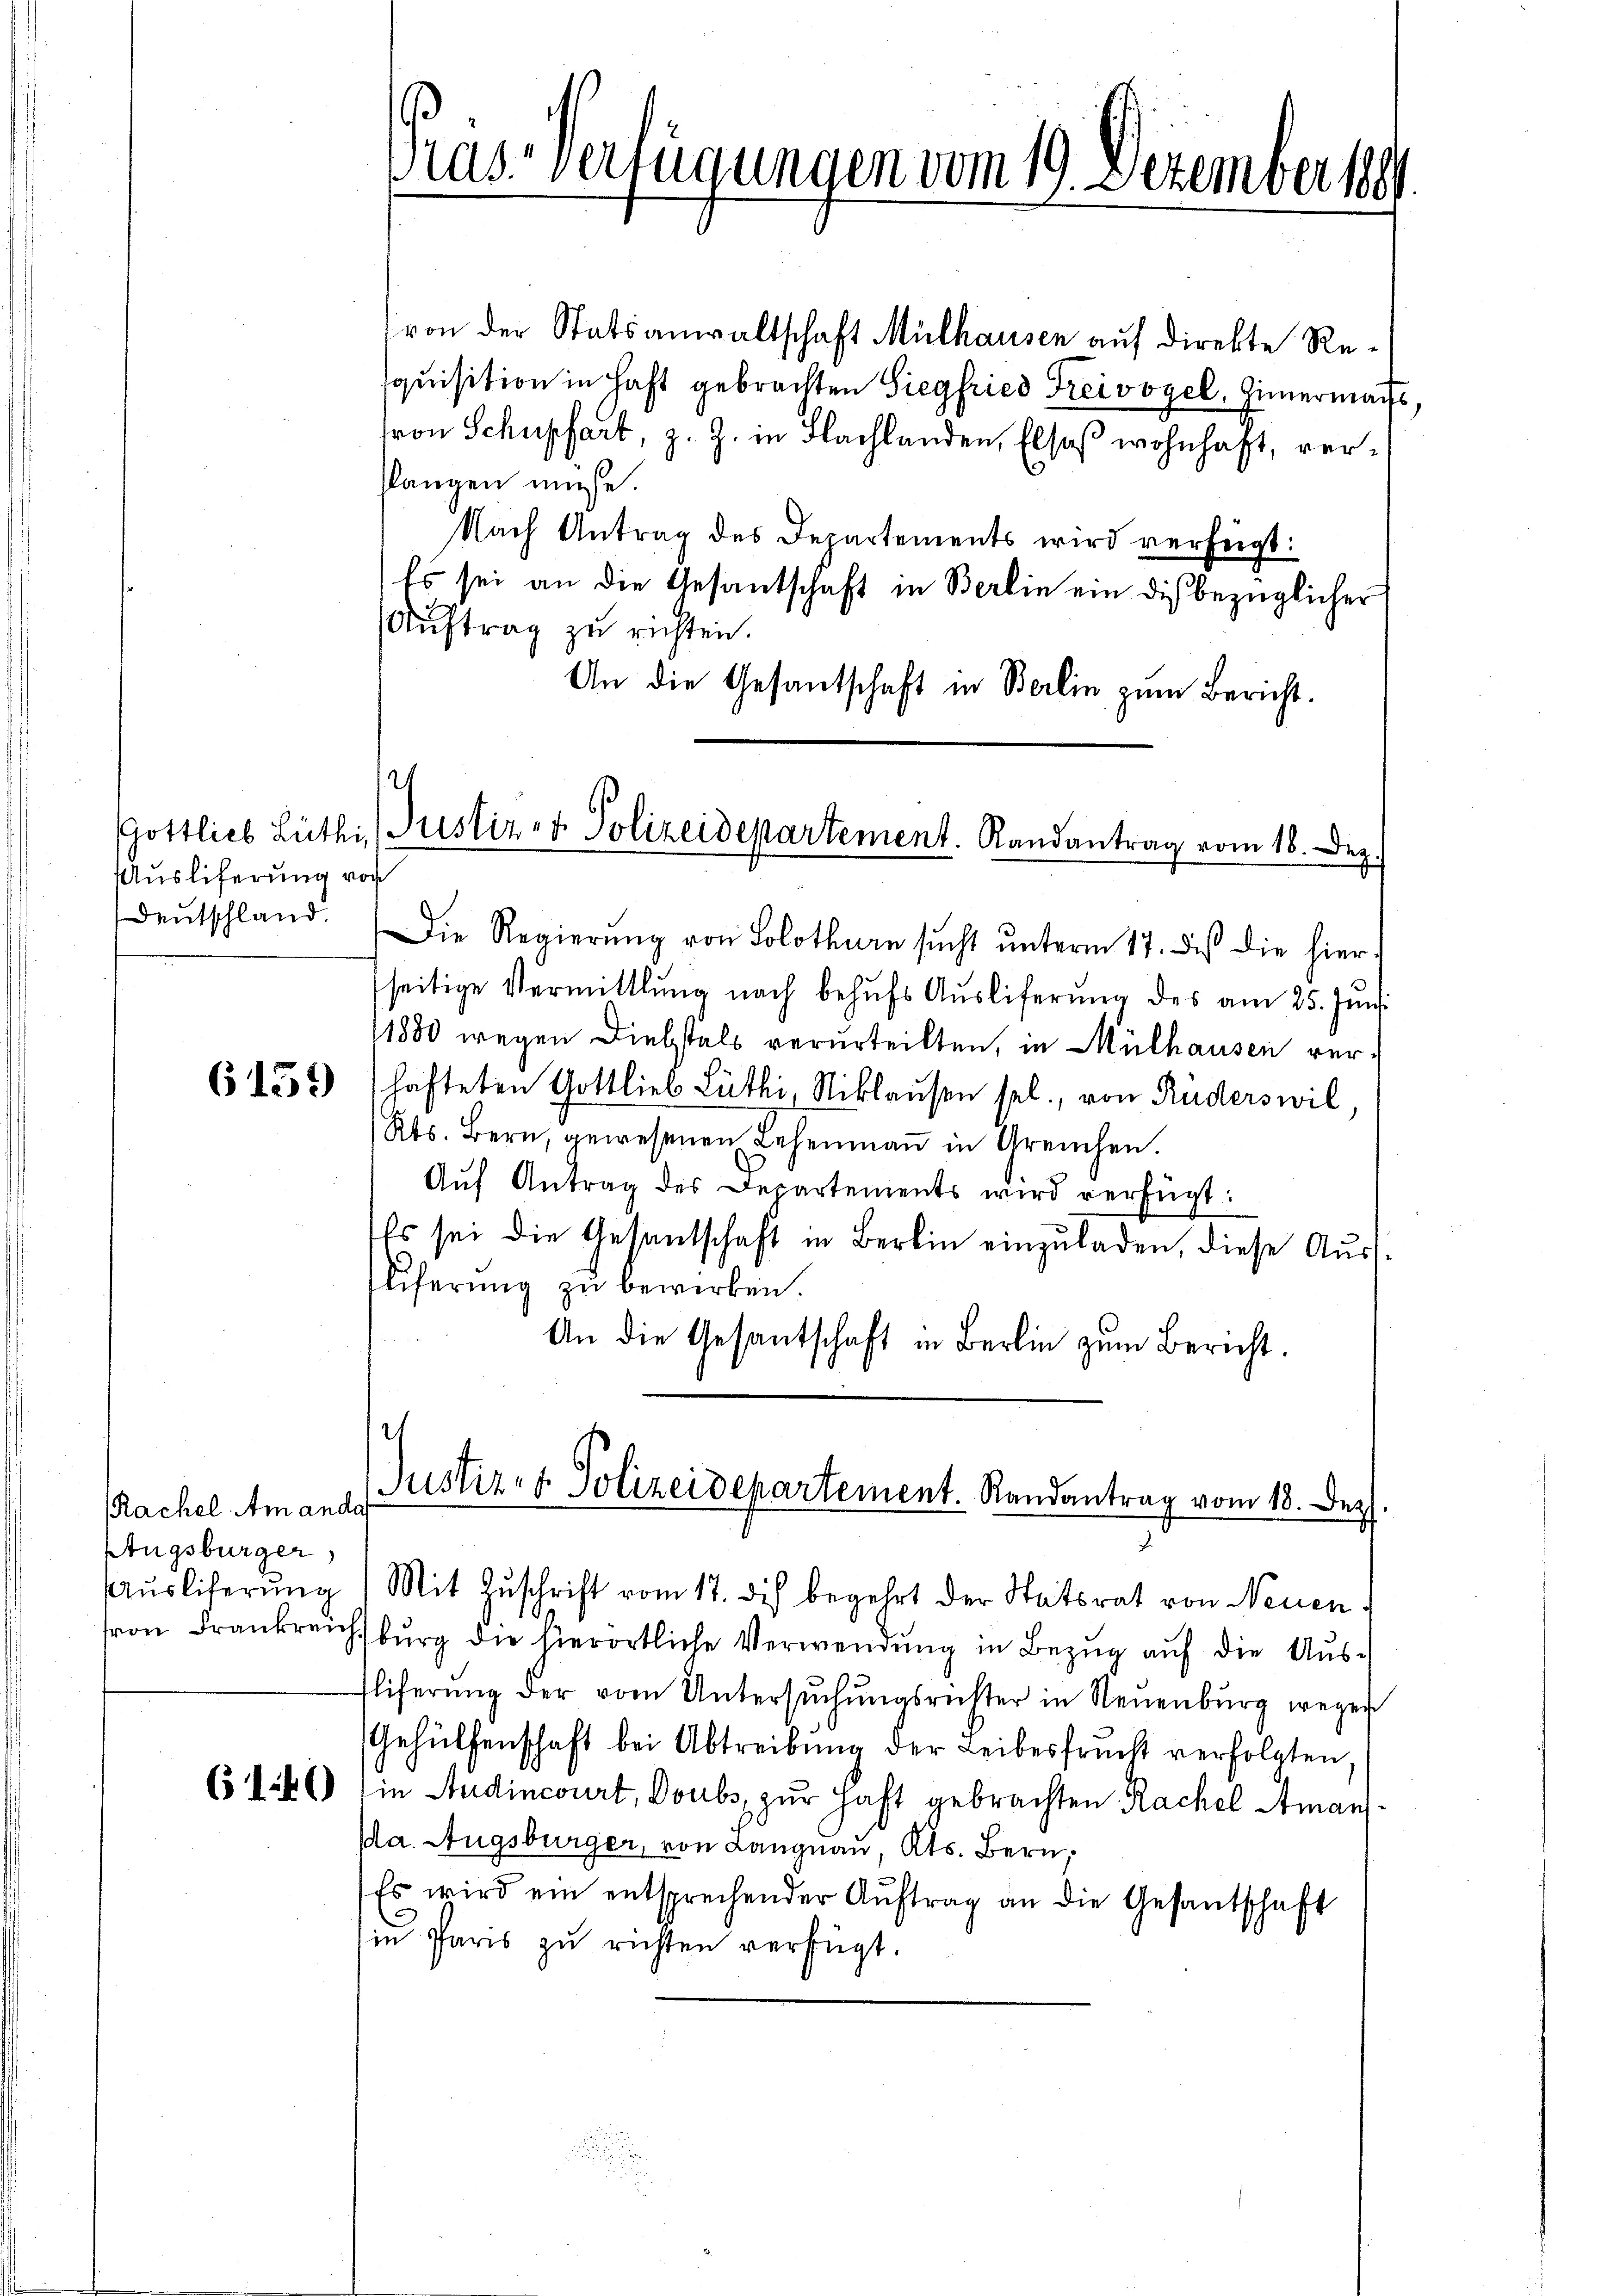
Auslieferung von
Deutschland.

6159

Rachel Am ande
Augsburger,
Ausliterung

(140

Pras verfügungen vom 19. Dezember 1891

von der Statsanwaltschaft Mülhausen auf direkte Resquisition in Haft gebrachten Siegfried Freivogel, Zimermacht,
ron Schupfart, z. Z. in Flachlanden, Elsaß wohnhaft, verslangen müsse.
Nach Antrag des Departements wird verfeigt:
Es sei an die Gesantschaft in Berlin ein dis bezüglicher
Auftrag zu richten.
An die Gesantschaft in Berlin zum Bericht.
Die Regierŭng von Solothurn sŭcht ŭnterm 17. des die hier-
seitige Vermittlung nach behŭfs Auslieferung des am 25. Juni
11880 wegen Diebstals verurteilten, in Mülhausen verhafteten Gottlieb Lüthi, Niklausen sel., von Rüders wil
Kts. Bern, gewesenen Lehenmaṅ in Greuchen.
Aŭf Antrag des Departements wird verfügt:
Es sei die Gesantschaft in Berlin einzuladen, diese Ausliferŭng zŭ bewirken.
An die Gesantschaft in Berlin zum Bericht.
Justiz- & Polizeidepartement. Randantrag vom 18. Dez.
Mit Zuschrift vom 17. dis begehrt der Statsrat von Neuen d
ron Frankreichsburg die hierörtliche Verwendung in Bezug auf die Aus¬
Eliferŭng der vom Untersŭchŭngsrichter in Neuenburg wegen
Gehülfenschaft bei Abtreibung der Leibesfrucht verfolgten,
in Audincourt, Doubs zur Haft gebrachten Rachel Amanda. Augsburger, von Langnau, Kts. Bern,
Es wird ein entsprechender Aŭftrag an die Gesantschaft
in Paris zu richten verfügt.

2
Gottlich Lüthi, Justiz- & Polizeidepartement. Randantrag vom 18. Dez.